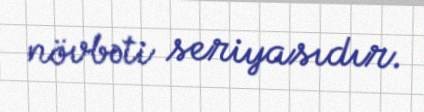
növbəti seriyasıdır.